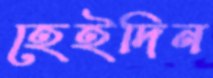
হেইদিন